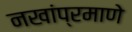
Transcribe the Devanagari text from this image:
नखांप्रमाणे